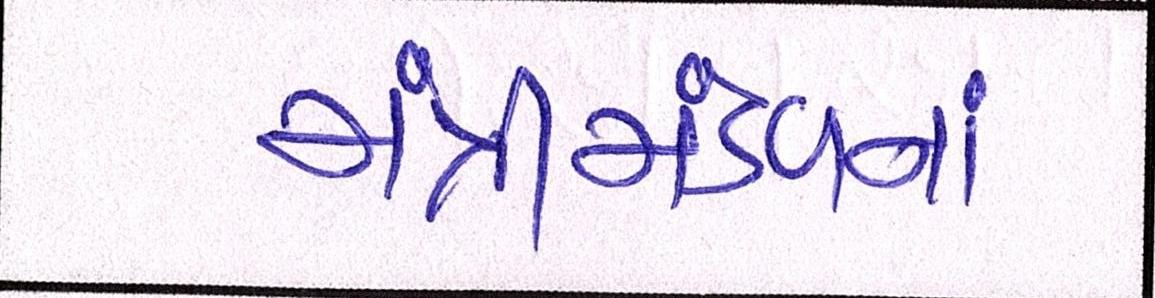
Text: મંત્રીમંડળનાં